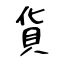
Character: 貨